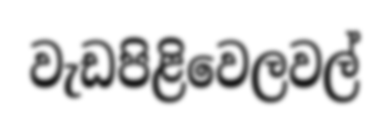
වැඩපිළිවෙලවල්